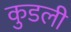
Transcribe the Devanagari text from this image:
कुडली